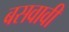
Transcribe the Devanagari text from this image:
बसवावी